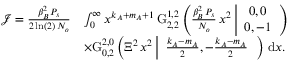
\begin{array} { r l } { \mathcal { J } = \frac { \beta _ { B } ^ { 2 } \, P _ { s } } { 2 \ln ( 2 ) \, N _ { o } } } & { \int _ { 0 } ^ { \infty } x ^ { k _ { A } + m _ { A } + 1 } \, \mathrm { G } _ { 2 , 2 } ^ { 1 , 2 } \left( \frac { \beta _ { B } ^ { 2 } \, P _ { s } } { N _ { o } } \, x ^ { 2 } \left| \begin{array} { c } { 0 , 0 } \\ { 0 , - 1 } \end{array} \right. \right) } \\ & { \times \mathrm { G } _ { 0 , 2 } ^ { 2 , 0 } \left( { \Xi ^ { 2 } \, x ^ { 2 } } \left| \begin{array} { c } { \frac { k _ { A } - m _ { A } } { 2 } , - \frac { k _ { A } - m _ { A } } { 2 } } \end{array} \right. \right) \, \mathrm { d } x . } \end{array}